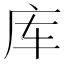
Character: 库